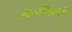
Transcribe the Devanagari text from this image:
आत्मकहाणी